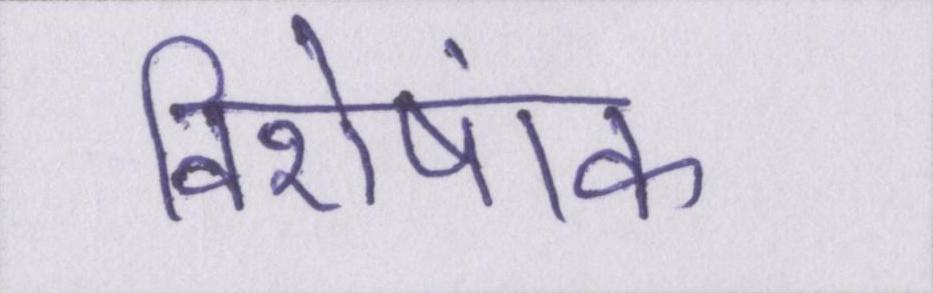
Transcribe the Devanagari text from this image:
विशेषांक